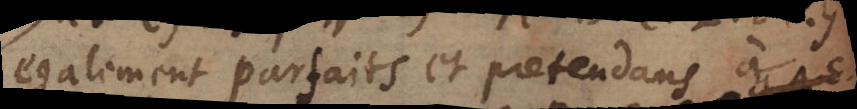
egalement parfaits et pretendans à